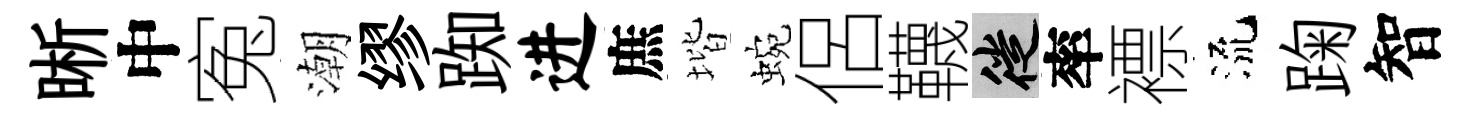
晰中寃潮缪踟进庶堦蜿侶韈徙率褾流踘智